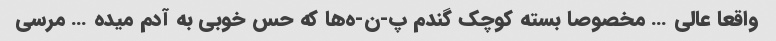
واقعا عالی … مخصوصا بسته کوچک گندم پ-ن-ه‌ها که حس خوبی به آدم میده … مرسی